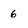
Character: 6